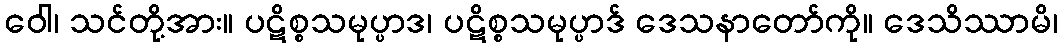
ဝေါ၊ သင်တို့အား။ ပဋိစ္စသမုပ္ပာဒ၊ ပဋိစ္စသမုပ္ပာဒ် ဒေသနာတော်ကို။ ဒေသိဿာမိ၊